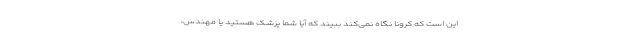
این است که کرونا نگاه نمی‌کند ببیند که آیا شما پزشک هستید یا مهندس،